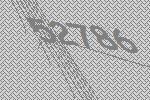
52786